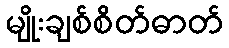
မျိုးချစ်စိတ်ဓာတ်